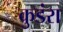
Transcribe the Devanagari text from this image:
कुडंरा